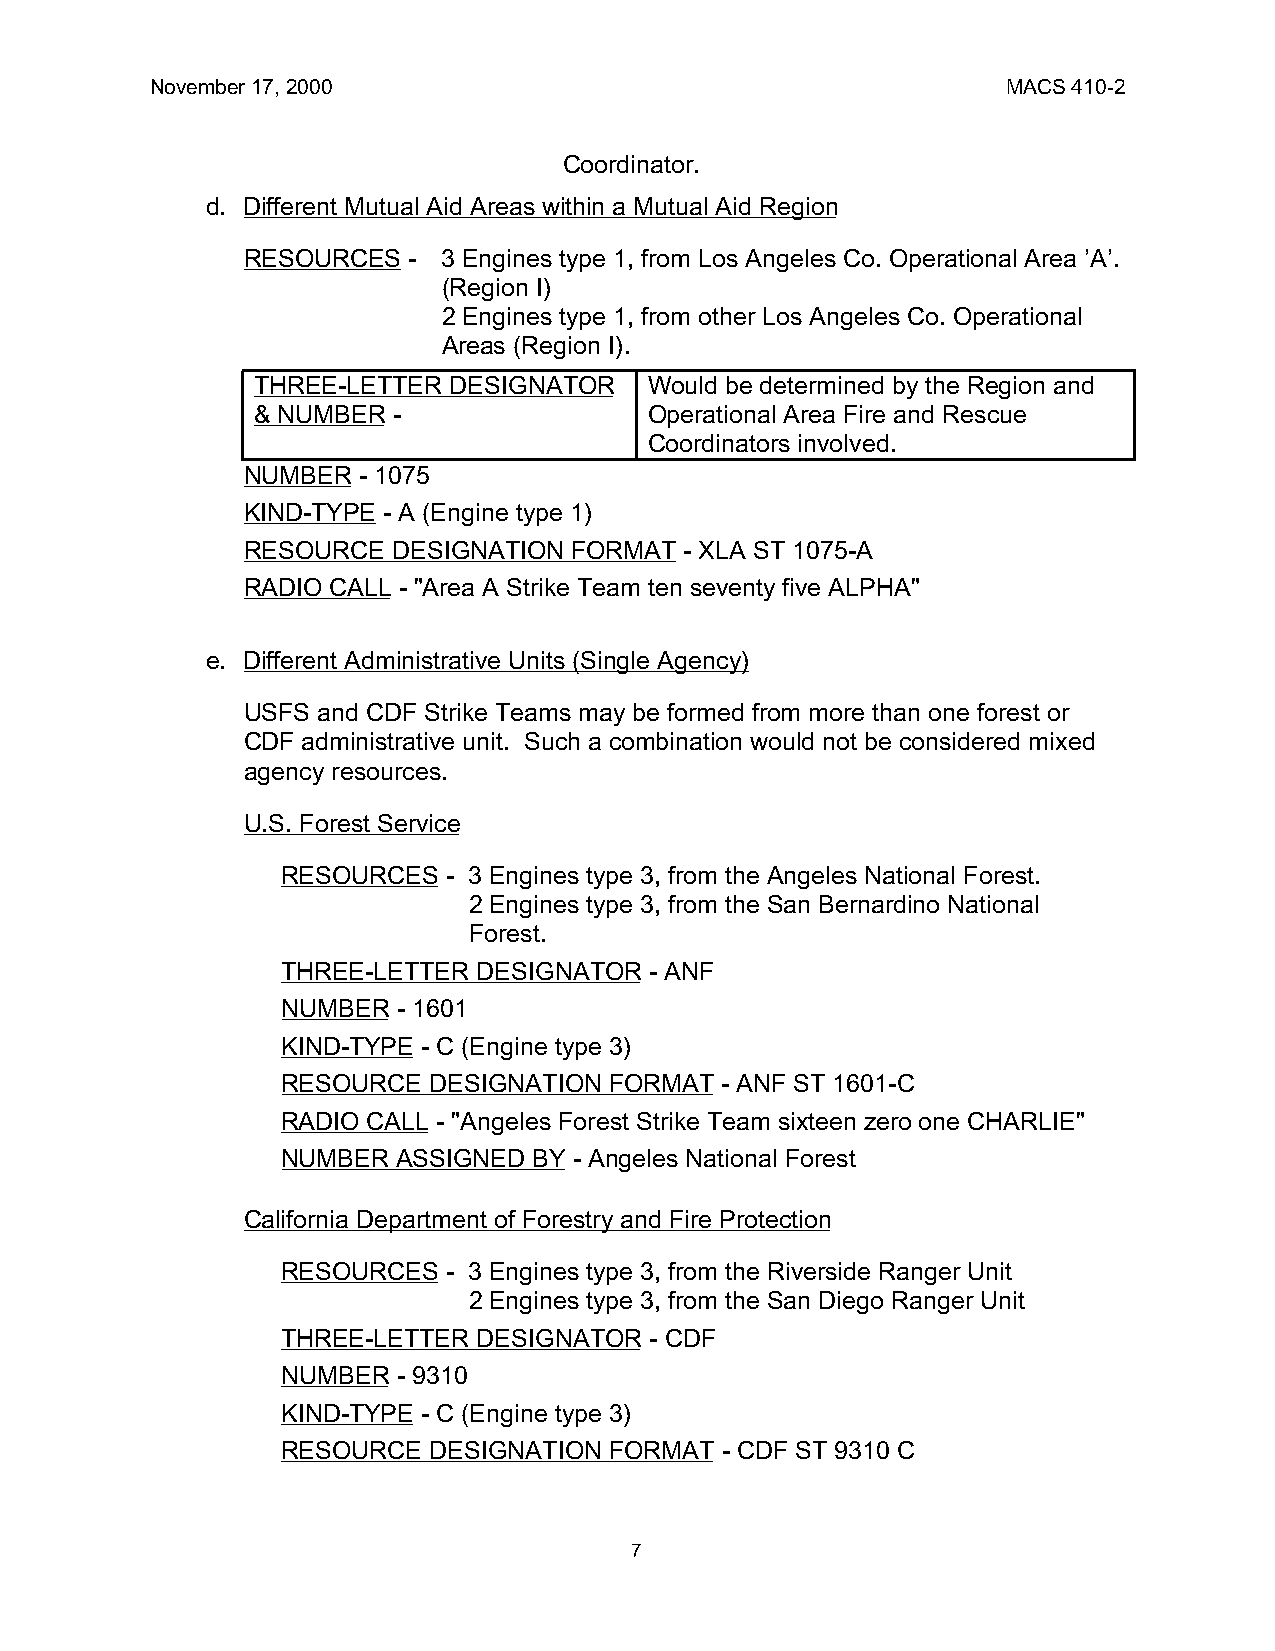
November 17, 2000                                        MACS 410-2
 Coordinator.
 d. Different Mutual Aid Areas within a Mutual Aid Region
 RESOURCES  - 3 Engines type 1, from Los Angeles Co. Operational Area ’A’.
 (Region I)
 2 Engines type 1, from other Los Angeles Co. Operational
 Areas (Region I).
 THREE-LETTER DESIGNATOR   Would be determined by the Region and
 & NUMBER -                Operational Area Fire and Rescue
 Coordinators involved.
 NUMBER  - 1075
 KIND-TYPE - A (Engine type 1)
 RESOURCE  DESIGNATION FORMAT - XLA ST 1075-A
 RADIO CALL - "Area A Strike Team ten seventy five ALPHA"
 e. Different Administrative Units (Single Agency)
 USFS and CDF Strike Teams may be formed from more than one forest or
 CDF administrative unit. Such a combination would not be considered mixed
 agency resources.
 U.S. Forest Service
 RESOURCES  - 3 Engines type 3, from the Angeles National Forest.
 2 Engines type 3, from the San Bernardino National
 Forest.
 THREE-LETTER DESIGNATOR - ANF
 NUMBER - 1601
 KIND-TYPE - C (Engine type 3)
 RESOURCE DESIGNATION FORMAT  - ANF ST 1601-C
 RADIO CALL - "Angeles Forest Strike Team sixteen zero one CHARLIE"
 NUMBER ASSIGNED BY - Angeles National Forest
 California Department of Forestry and Fire Protection
 RESOURCES  - 3 Engines type 3, from the Riverside Ranger Unit
 2 Engines type 3, from the San Diego Ranger Unit
 THREE-LETTER DESIGNATOR - CDF
 NUMBER - 9310
 KIND-TYPE - C (Engine type 3)
 RESOURCE DESIGNATION FORMAT  - CDF ST 9310 C
 7